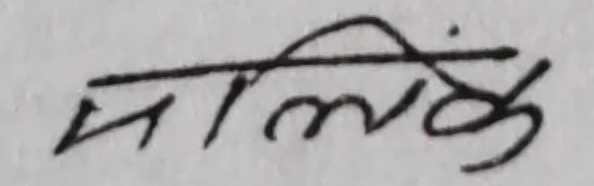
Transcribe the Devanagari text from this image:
मालिङ्ग